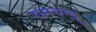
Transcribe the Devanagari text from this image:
रामचन्द॒